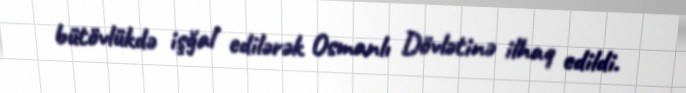
bütövlükdə işğal edilərək Osmanlı Dövlətinə ilhaq edildi.